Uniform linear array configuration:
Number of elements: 16
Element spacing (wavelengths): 0.5
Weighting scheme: exponential
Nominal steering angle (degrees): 60
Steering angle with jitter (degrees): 60.65
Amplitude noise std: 0.05
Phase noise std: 0.05

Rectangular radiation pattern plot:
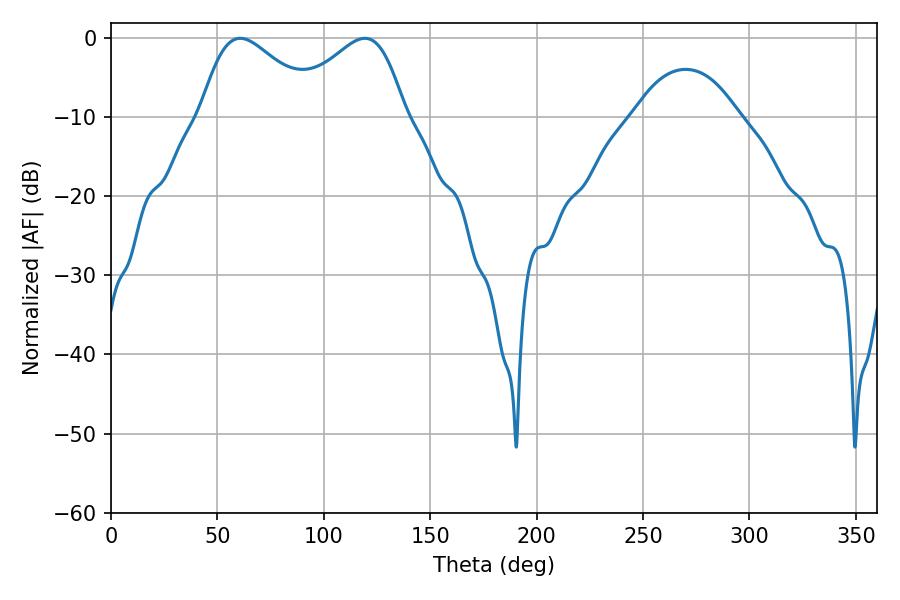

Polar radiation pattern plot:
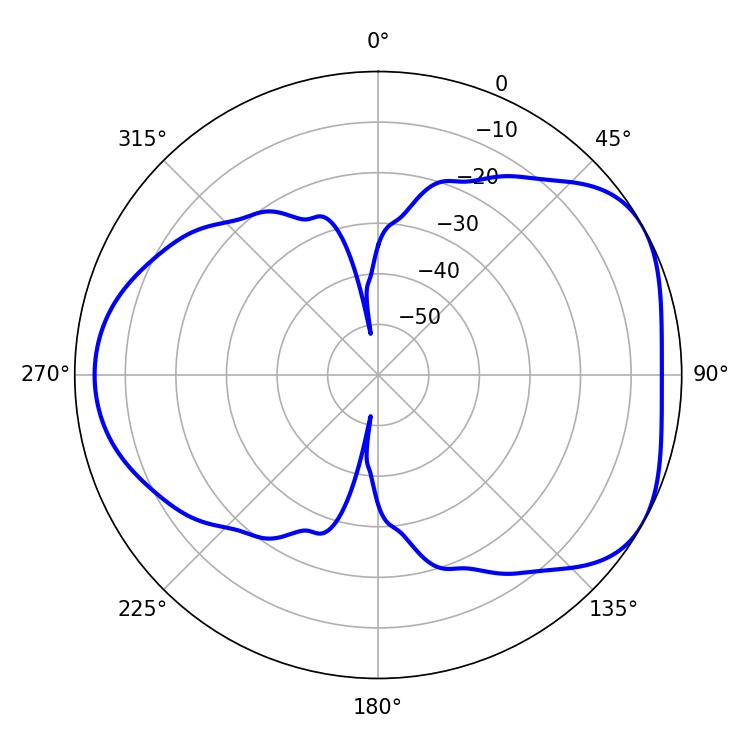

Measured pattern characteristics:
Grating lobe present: FALSE
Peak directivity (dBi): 4.669
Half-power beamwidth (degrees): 29.52
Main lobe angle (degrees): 60.66